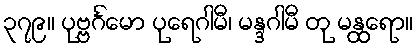
၃၇၉။ ပုဗ္ဗင်္ဂမော ပုရေဂါမီ၊ မန္ဒဂါမီ တု မန္ထရော။